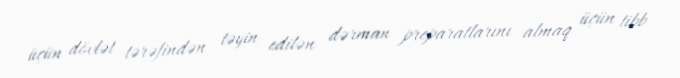
üçün dövlət tərəfindən təyin edilən dərman preparatlarını almaq üçün tibb